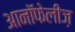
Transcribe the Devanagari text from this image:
आनॉफेलीज़